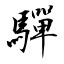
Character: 驒